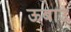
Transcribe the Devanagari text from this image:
ऊबाउ